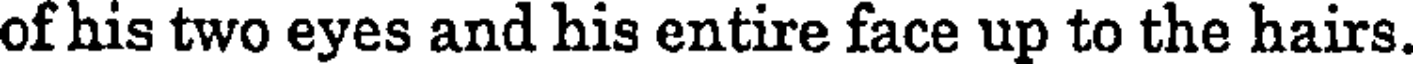
of his two eyes and his entire face up to the hairs.